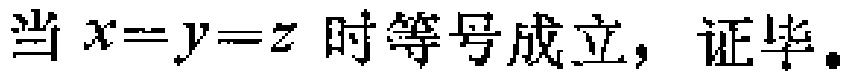
当 \(x = y = z\) 时等号成立，证毕。